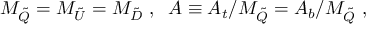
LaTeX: M _ { \tilde { Q } } = M _ { \tilde { U } } = M _ { \tilde { D } } \ , \; \; A \equiv A _ { t } / M _ { \tilde { Q } } = A _ { b } / M _ { \tilde { Q } } \ ,